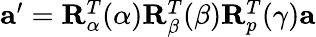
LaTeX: \begin{array}{r}{\mathbf{a}^{\prime}=\mathbf{R}_{\alpha}^{T}(\alpha)\mathbf{R}_{\beta}^{T}(\beta)\mathbf{R}_{p}^{T}(\gamma)\mathbf{a}}\end{array}